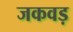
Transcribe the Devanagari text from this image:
जकवड़